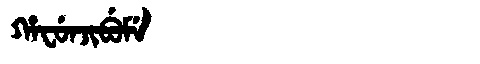
Manchu: ᡥᠠᠸᡠᠨᠵᡳᠪᡠᠮᡝ
Romanization: HAFUNJIBUME